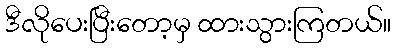
ဒီလိုပေးပြီးတော့မှ ထားသွားကြတယ်။